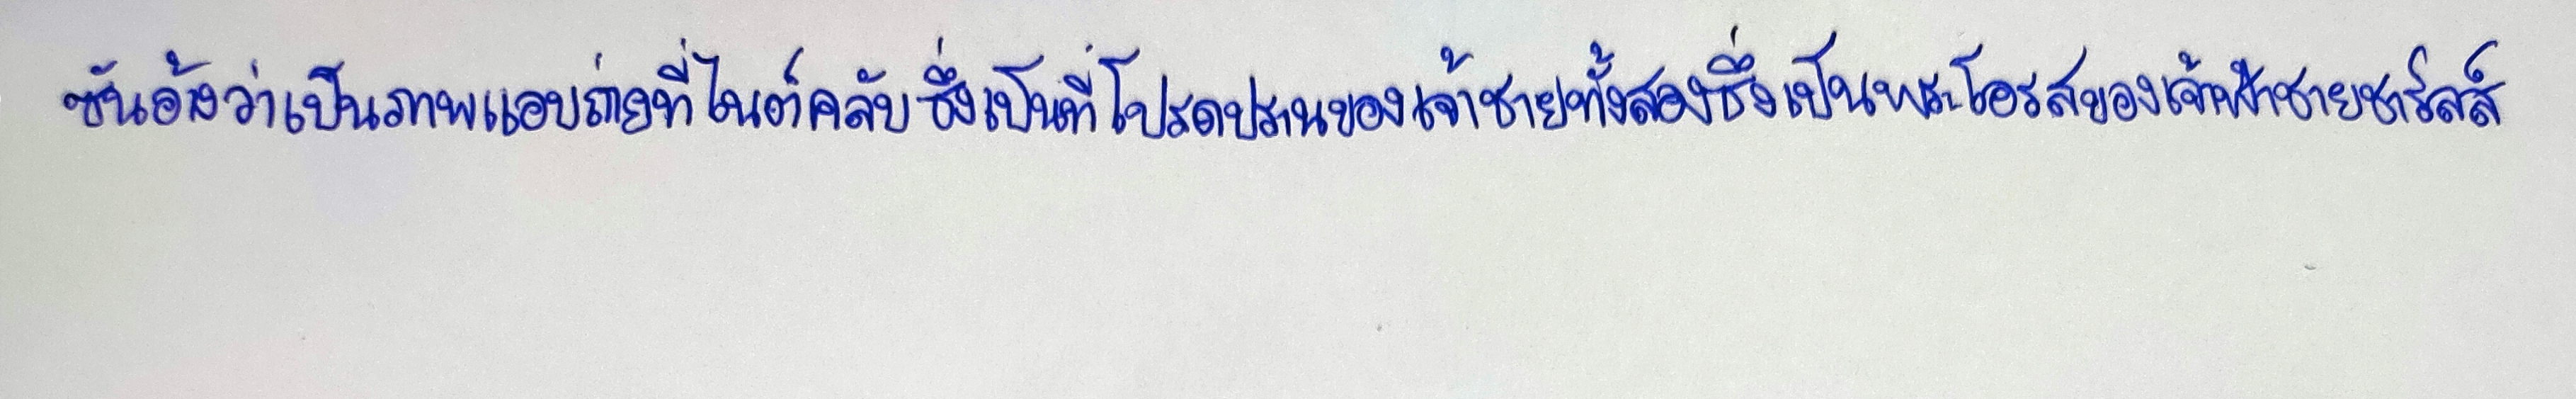
ซันอ้างว่าเป็นภาพแอบถ่ายที่ไนต์คลับซึ่งเป็นที่โปรดปรานของเจ้าชายทั้งสองซึ่งเป็นพระโอรสของเจ้าฟ้าชายชาร์ลส์